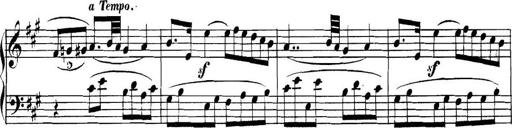
Title: Collected Piano Sonatas
Composer: Muzio Clementi